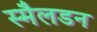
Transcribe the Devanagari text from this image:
स्मैलडन